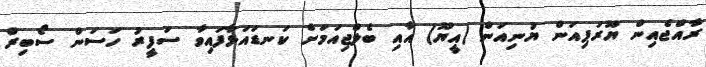
ރާއްޖެއިން ޔޫރަޕިއަން ޔުނިއަން (އީޔޫ) އާއި ބެލްޖިއަމަށް ކަނޑައަޅާފައިވާ ސަފީރު ހަސަން ސޯބިރް